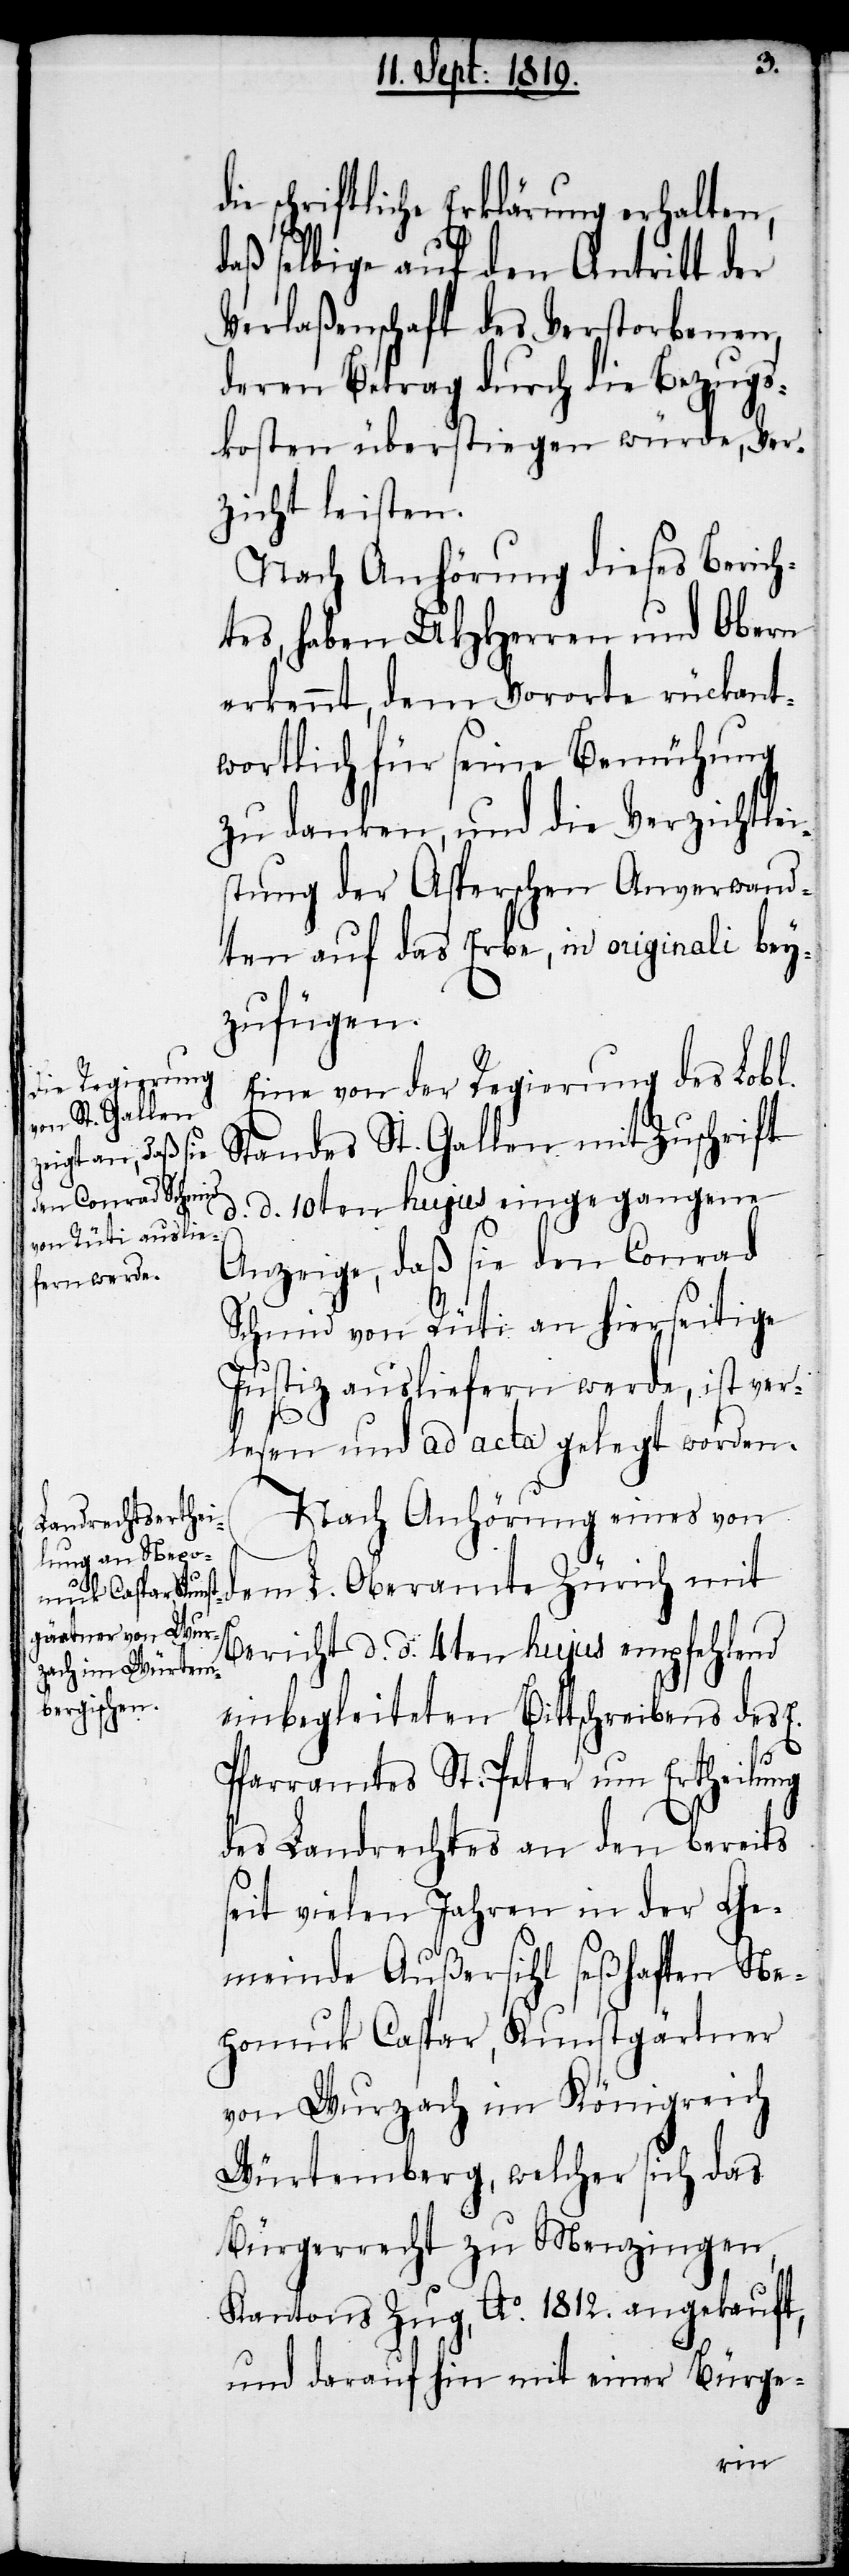
d¬
ie schriftliche Erklärung erhalten,
daß selbige auf den Antritt der
Verlaßenschaft des Verstorbenen,
deren Betrag durch die Bezugs¬
kosten überstiegen würde, Ver¬
zicht leisten.
Nach Anhörung dieses Berich¬
tes, haben UHHerren und Obern
erkennt, dem Vororte rückant¬
wortlich für seine Bemühung
zu danken, und die Verzichtlei¬
stung der Asperschen Anverwand¬
ten auf das Erbe, in originali bey¬
zufügen.
Eine von der Regierung des Lobl.
Standes St. Gallen mit Zuschrift
d. d. 10ten hujus eingegangene
Anzeige, daß sie den Conrad
Schmid von Rüti an hierseitige
Justiz ausliefern werde, ist ver¬
lesen und ad acta gelegt worden.
Nach Anhörung eines von
dem L. Oberamte Zürich mit
Bericht d. d. 4ten hujus empfehlend
einbegleiteten Bittschreibens des E.
Pfarramtes St. Peter um Ertheilung
des Landrechtes an den bereits
seit vielen Jahren in der Ge¬
meinde Außersihl seßhaften Ne¬
pomuk Caspar, Kunstgärtner
von Wurzach im Königreich
Würtemberg, welcher sich das
Bürgerrecht zu Menzingen,
Kantons Zug, Ao. 1812. angekauft,
und darauf hin mit einer Bürge-